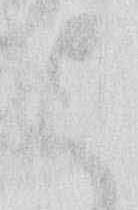
よ